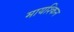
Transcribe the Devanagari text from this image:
मायश्किन